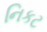
નિકટ